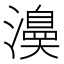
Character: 𭳅